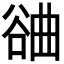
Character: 𣍂